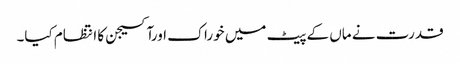
قدرت نے ماں کے پیٹ میں خوراک اورآکسیجن کا انتظام کیا۔